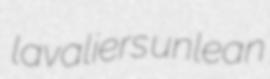
lavaliers unlean